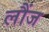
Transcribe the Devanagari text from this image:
लौंज